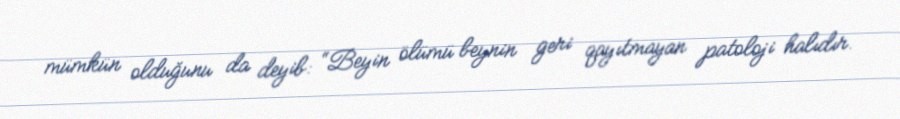
mümkün olduğunu da deyib: “Beyin ölümü beynin geri qayıtmayan patoloji halıdır.